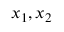
x _ { 1 } , x _ { 2 }